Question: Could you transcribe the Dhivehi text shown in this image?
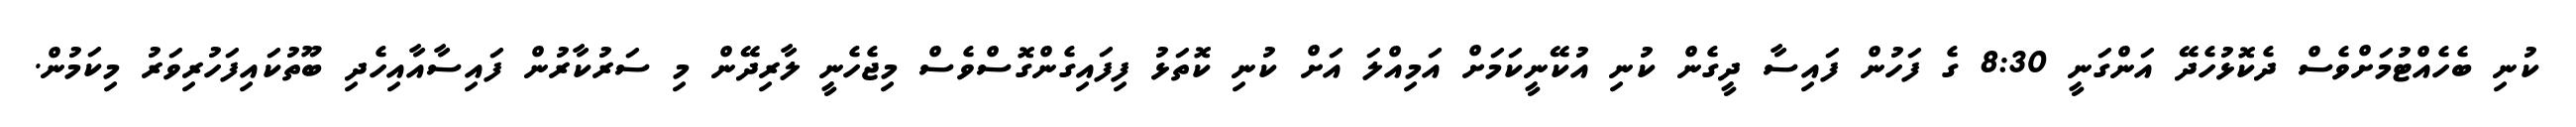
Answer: ކުނި ބެހެއްޓުމަށްވެސް ދެކޮޅުހެދޭ އަންގަނީ 8:30 ގެ ފަހުން ފައިސާ ދީގެން ކުނި އުކޭނީކަމަށް އަމިއްލަ އަށް ކުނި ކޮތަޅު ފިފައިގެންގޮސްވެސް މިޖެހެނީ ލާރިދޭން މި ސަރުކާރުން ފައިސާއާއިހެދި ބޫތުކައިފަހުރިވަރު މިކަމުން.